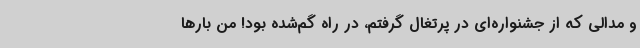
و مدالی که از جشنواره‌ای در پرتغال گرفتم، در راه گم‌شده بود! من بارها